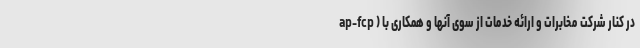
ap-fcp ) در کنار شرکت مخابرات و ارائه خدمات از سوی آنها و همکاری با